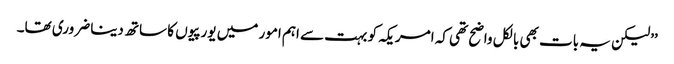
’’لیکن یہ بات بھی بالکل واضح تھی کہ امریکہ کو بہت سے اہم امور میں یورپیوں کا ساتھ دینا ضروری تھا۔